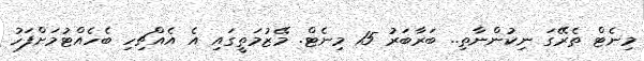
މިނެޓް ތެރޭގަ ނިކުންނާތި.. ބަރާބަރު 15 މިނެޓް. މޭޒުމަތީގައި އެ އެއްޗިހި ބެހެއްޓުމަށްފަހު